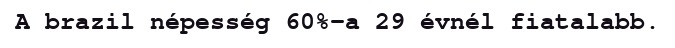
A brazil népesség 60%-a 29 évnél fiatalabb.